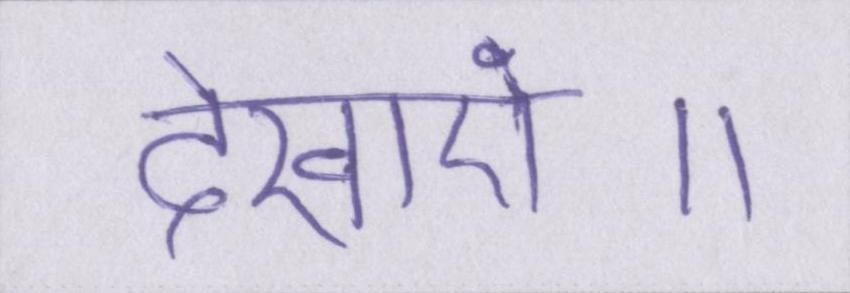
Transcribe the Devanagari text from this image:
देखाएं॥